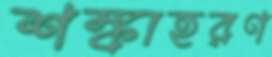
শঙ্কাহরণ